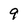
Character: 9